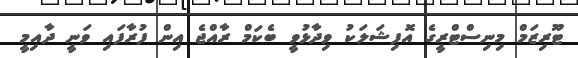
ޓޫރިޒަމް މިނިސްޓްރީގެ އޮފިޝަލަކު ވިދާޅުވީ ބެކަމް ރާއްޖެ އިން ފުރާފައި ވަނީ ދާއިމީ